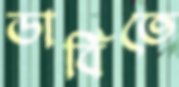
ডার্বিতে